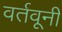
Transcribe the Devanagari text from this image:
वर्तवूनी